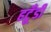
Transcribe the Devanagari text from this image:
हटूँडी